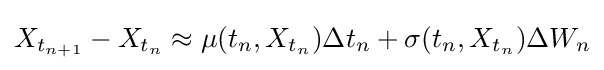
X_{t_{n+1}}-X_{t_{n}}\approx \mu (t_{n},X_{t_{n}})\Delta t_{n}+\sigma (t_{n},X_{t_{n}})\Delta W_{n}